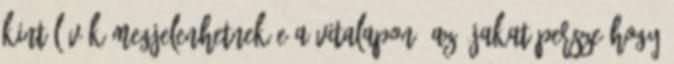
kint lévők megjelenhetnek-e a vitalapon. Az újakat persze hogy